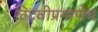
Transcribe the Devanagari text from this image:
टिटवीप्रमाणेच